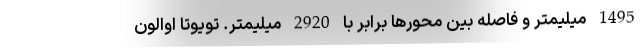
1495 میلیمتر و فاصله بین محورها برابر با 2920 میلیمتر. تویوتا اوالون